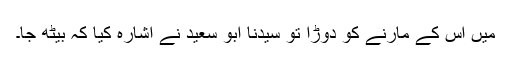
میں اس کے مارنے کو دوڑا تو سیدنا ابو سعیدؓ نے اشارہ کیا کہ بیٹھ جا۔